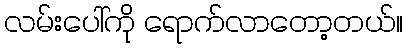
လမ်းပေါ်ကို ရောက်လာတော့တယ်။